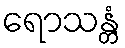
ရောသန္တံ